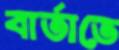
বার্তাতে